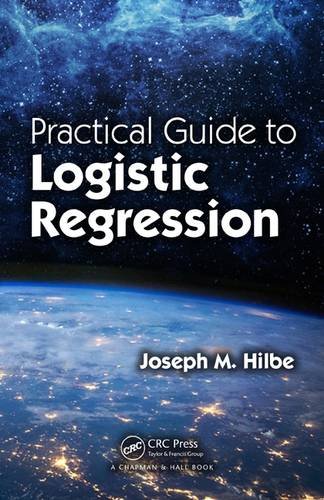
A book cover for Practical Guide to Logistic Regression; Joseph M. Hilbe; Medical Books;